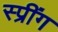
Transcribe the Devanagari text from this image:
स्प्रींग